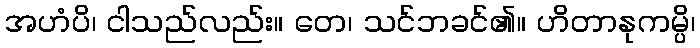
အဟံပိ၊ ငါသည်လည်း။ တေ၊ သင်ဘခင်၏။ ဟိတာနုကမ္ပိ၊